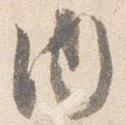
内